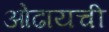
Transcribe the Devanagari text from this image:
ओढायची